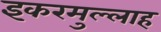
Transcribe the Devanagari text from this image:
इकरमुल्लाह